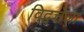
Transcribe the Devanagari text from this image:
विद्वत्तेला